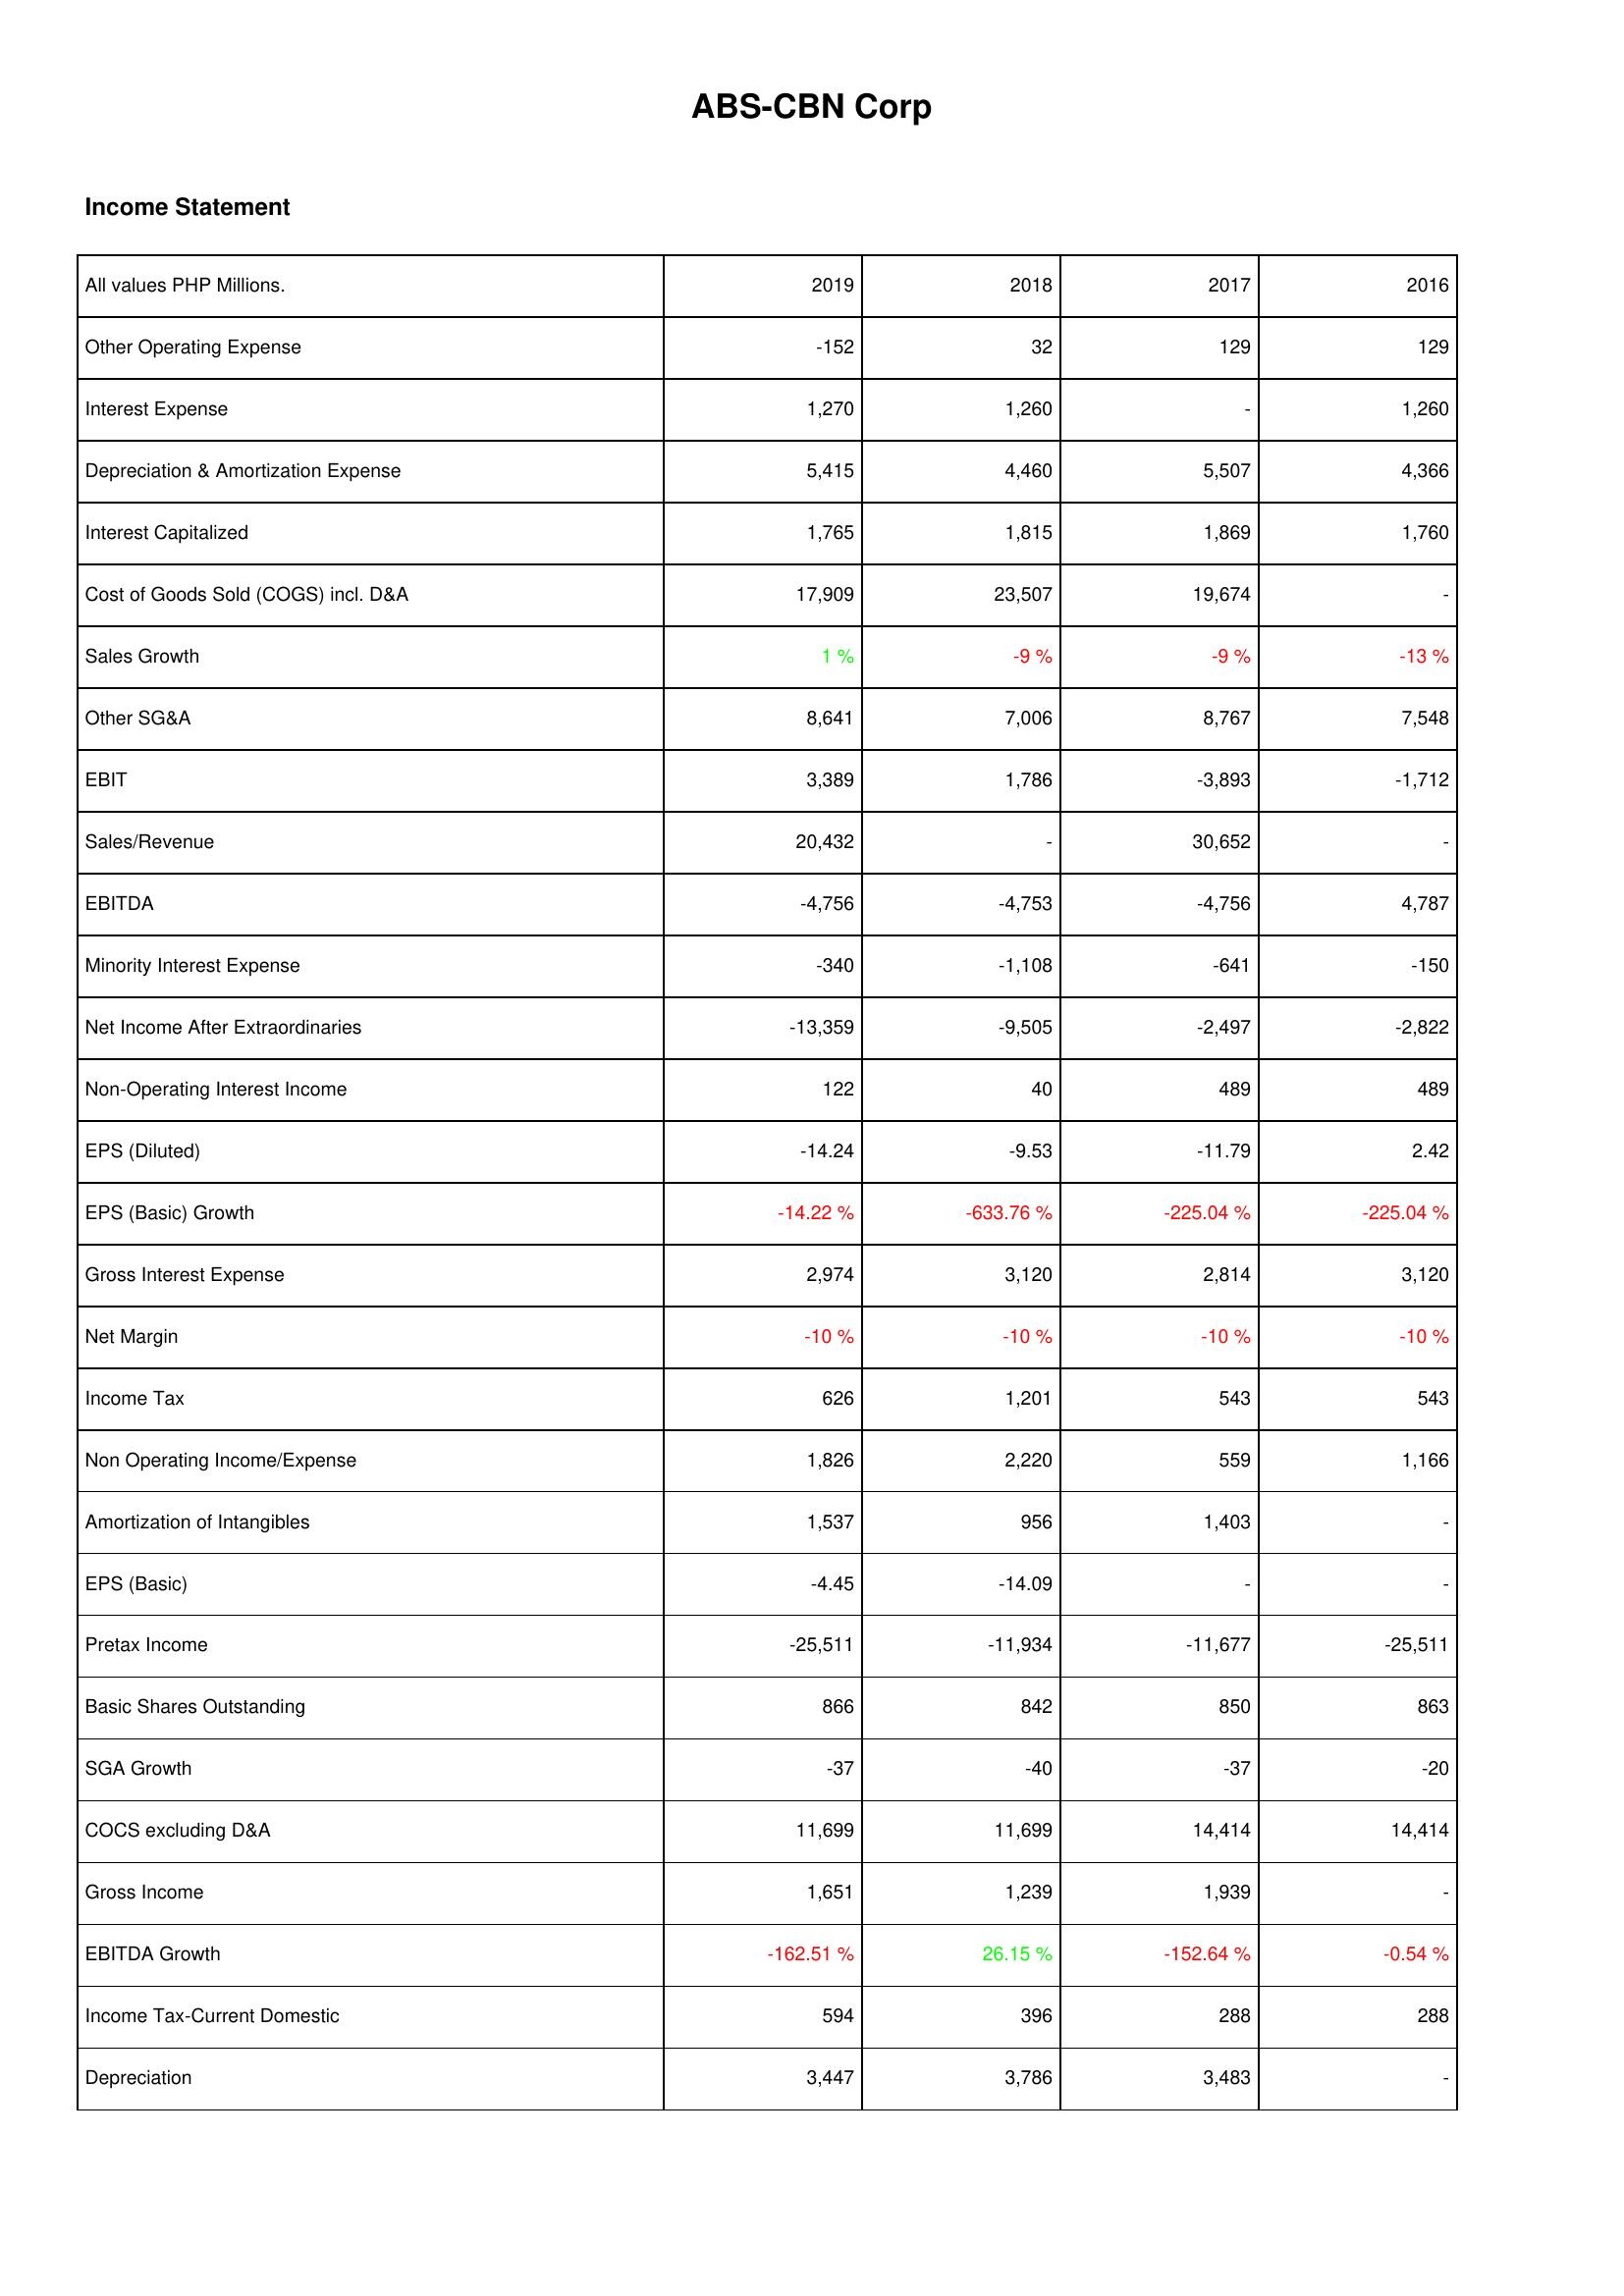
2019: Income Statement: Other Operating Expense: -152
Interest Expense: 1,270
Depreciation & Amortization Expense: 5,415
Interest Capitalized: 1,765
Cost of Goods Sold (COGS) incl. D&A: 17,909
Sales Growth: 1 %
Other SG&A: 8,641
EBIT: 3,389
Sales/Revenue: 20,432
EBITDA: -4,756
Minority Interest Expense: -340
Net Income After Extraordinaries: -13,359
Non-Operating Interest Income: 122
EPS (Diluted): -14.24
EPS (Basic) Growth: -14.22 %
Gross Interest Expense: 2,974
Net Margin: -10 %
Income Tax: 626
Non Operating Income/Expense: 1,826
Amortization of Intangibles: 1,537
EPS (Basic): -4.45
Pretax Income: -25,511
Basic Shares Outstanding: 866
SGA Growth: -37
COCS excluding D&A: 11,699
Gross Income: 1,651
EBITDA Growth: -162.51 %
Income Tax-Current Domestic: 594
Depreciation: 3,447
2018: Income Statement: Other Operating Expense: 32
Interest Expense: 1,260
Depreciation & Amortization Expense: 4,460
Interest Capitalized: 1,815
Cost of Goods Sold (COGS) incl. D&A: 23,507
Sales Growth: -9 %
Other SG&A: 7,006
EBIT: 1,786
Sales/Revenue: -
EBITDA: -4,753
Minority Interest Expense: -1,108
Net Income After Extraordinaries: -9,505
Non-Operating Interest Income: 40
EPS (Diluted): -9.53
EPS (Basic) Growth: -633.76 %
Gross Interest Expense: 3,120
Net Margin: -10 %
Income Tax: 1,201
Non Operating Income/Expense: 2,220
Amortization of Intangibles: 956
EPS (Basic): -14.09
Pretax Income: -11,934
Basic Shares Outstanding: 842
SGA Growth: -40
COCS excluding D&A: 11,699
Gross Income: 1,239
EBITDA Growth: 26.15 %
Income Tax-Current Domestic: 396
Depreciation: 3,786
2017: Income Statement: Other Operating Expense: 129
Interest Expense: -
Depreciation & Amortization Expense: 5,507
Interest Capitalized: 1,869
Cost of Goods Sold (COGS) incl. D&A: 19,674
Sales Growth: -9 %
Other SG&A: 8,767
EBIT: -3,893
Sales/Revenue: 30,652
EBITDA: -4,756
Minority Interest Expense: -641
Net Income After Extraordinaries: -2,497
Non-Operating Interest Income: 489
EPS (Diluted): -11.79
EPS (Basic) Growth: -225.04 %
Gross Interest Expense: 2,814
Net Margin: -10 %
Income Tax: 543
Non Operating Income/Expense: 559
Amortization of Intangibles: 1,403
EPS (Basic): -
Pretax Income: -11,677
Basic Shares Outstanding: 850
SGA Growth: -37
COCS excluding D&A: 14,414
Gross Income: 1,939
EBITDA Growth: -152.64 %
Income Tax-Current Domestic: 288
Depreciation: 3,483
2016: Income Statement: Other Operating Expense: 129
Interest Expense: 1,260
Depreciation & Amortization Expense: 4,366
Interest Capitalized: 1,760
Cost of Goods Sold (COGS) incl. D&A: -
Sales Growth: -13 %
Other SG&A: 7,548
EBIT: -1,712
Sales/Revenue: -
EBITDA: 4,787
Minority Interest Expense: -150
Net Income After Extraordinaries: -2,822
Non-Operating Interest Income: 489
EPS (Diluted): 2.42
EPS (Basic) Growth: -225.04 %
Gross Interest Expense: 3,120
Net Margin: -10 %
Income Tax: 543
Non Operating Income/Expense: 1,166
Amortization of Intangibles: -
EPS (Basic): -
Pretax Income: -25,511
Basic Shares Outstanding: 863
SGA Growth: -20
COCS excluding D&A: 14,414
Gross Income: -
EBITDA Growth: -0.54 %
Income Tax-Current Domestic: 288
Depreciation: -